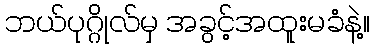
ဘယ်ပုဂ္ဂိုလ်မှ အခွင့်အထူးမခံနဲ့။